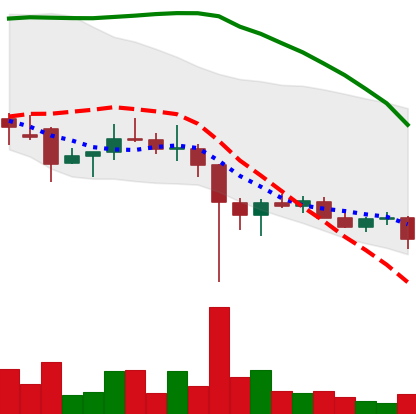
Ticker: DOGE-USD
Chart end date: 2021-12-13
Forward return: 9.415%
Label: up_7plus